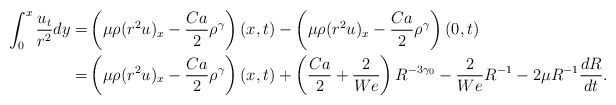
\begin{align*}\begin{aligned}\int_0^x\frac{u_t}{r^2}dy=&\left(\mu\rho(r^2u)_x-\frac{Ca}{2}\rho^\gamma\right)(x,t)-\left(\mu\rho(r^2u)_x-\frac{Ca}{2}\rho^\gamma\right)(0,t)\\=&\left(\mu\rho(r^2u)_x-\frac{Ca}{2}\rho^\gamma\right)(x,t)+\left(\frac{Ca}{2}+\frac{2}{We}\right)R^{-3\gamma_0}-\frac{2}{We}R^{-1}-2\mu R^{-1}\frac{dR}{dt}.\end{aligned}\end{align*}